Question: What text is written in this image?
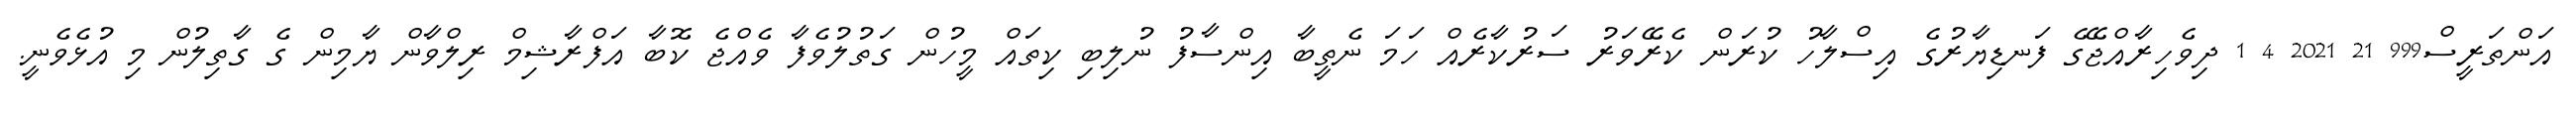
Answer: އަންތަރީސް999 21 2021 4 1 ދިވެހިރާއްޖޭގެ ފަނޑިޔާރުގެ އިސްލާހު ކުރަން ކެރޭވަރު ސަރުކާރެއް ހަމަ ނެތީބާ އިންސާފު ނުލިބި ކިތައް މީހުން ގަތުލުވެފާ ވެއްޖެ ކޮބާ އަފްރާޝިމް ރިލްވާން ޔާމިން ގެ ގާތިލުން މި އުޅެވެނީ.